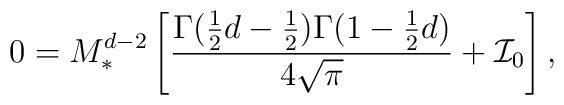
0=M_{\ast }^{d-2}\left[\frac{\Gamma (\frac{1}{2}d-\frac{1}{2})\Gamma(1-\frac{1}{2}d)}{4\sqrt{\pi }}+{\cal I}_{0}\right] ,